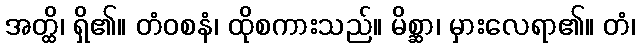
အတ္ထိ၊ ရှိ၏။ တံဝစနံ၊ ထိုစကားသည်။ မိစ္ဆာ၊ မှားလေရာ၏။ တံ၊